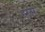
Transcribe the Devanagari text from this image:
हरबरे